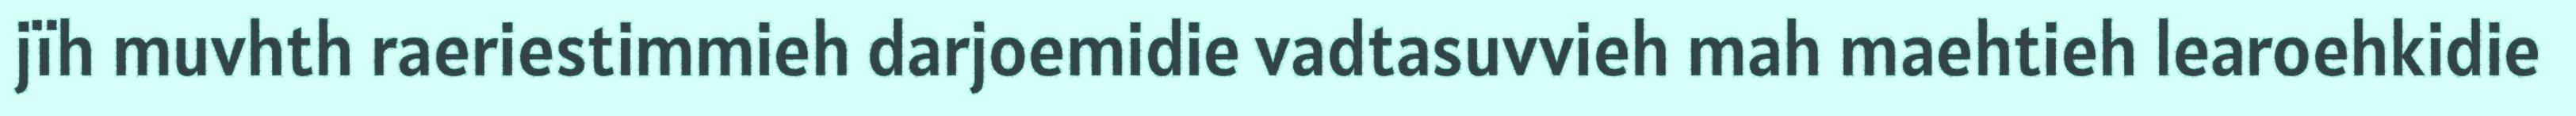
jïh muvhth raeriestimmieh darjoemidie vadtasuvvieh mah maehtieh learoehkidie